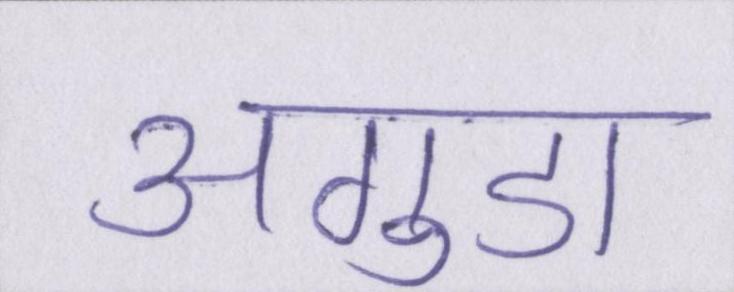
अगुडा